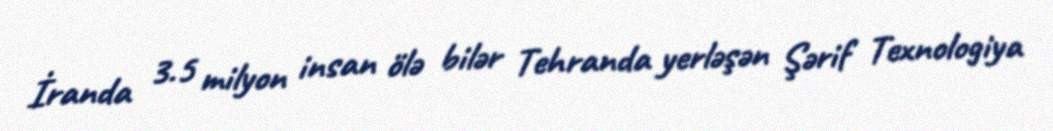
İranda 3.5 milyon insan ölə bilər Tehranda yerləşən Şərif Texnologiya